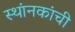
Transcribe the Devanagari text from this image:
स्थांनकांची